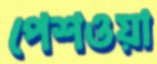
পেশওয়া